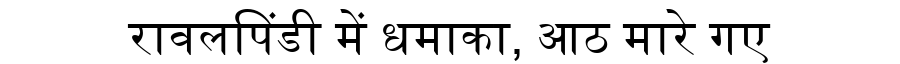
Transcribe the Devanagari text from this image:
रावलपिंडी में धमाका, आठ मारे गए